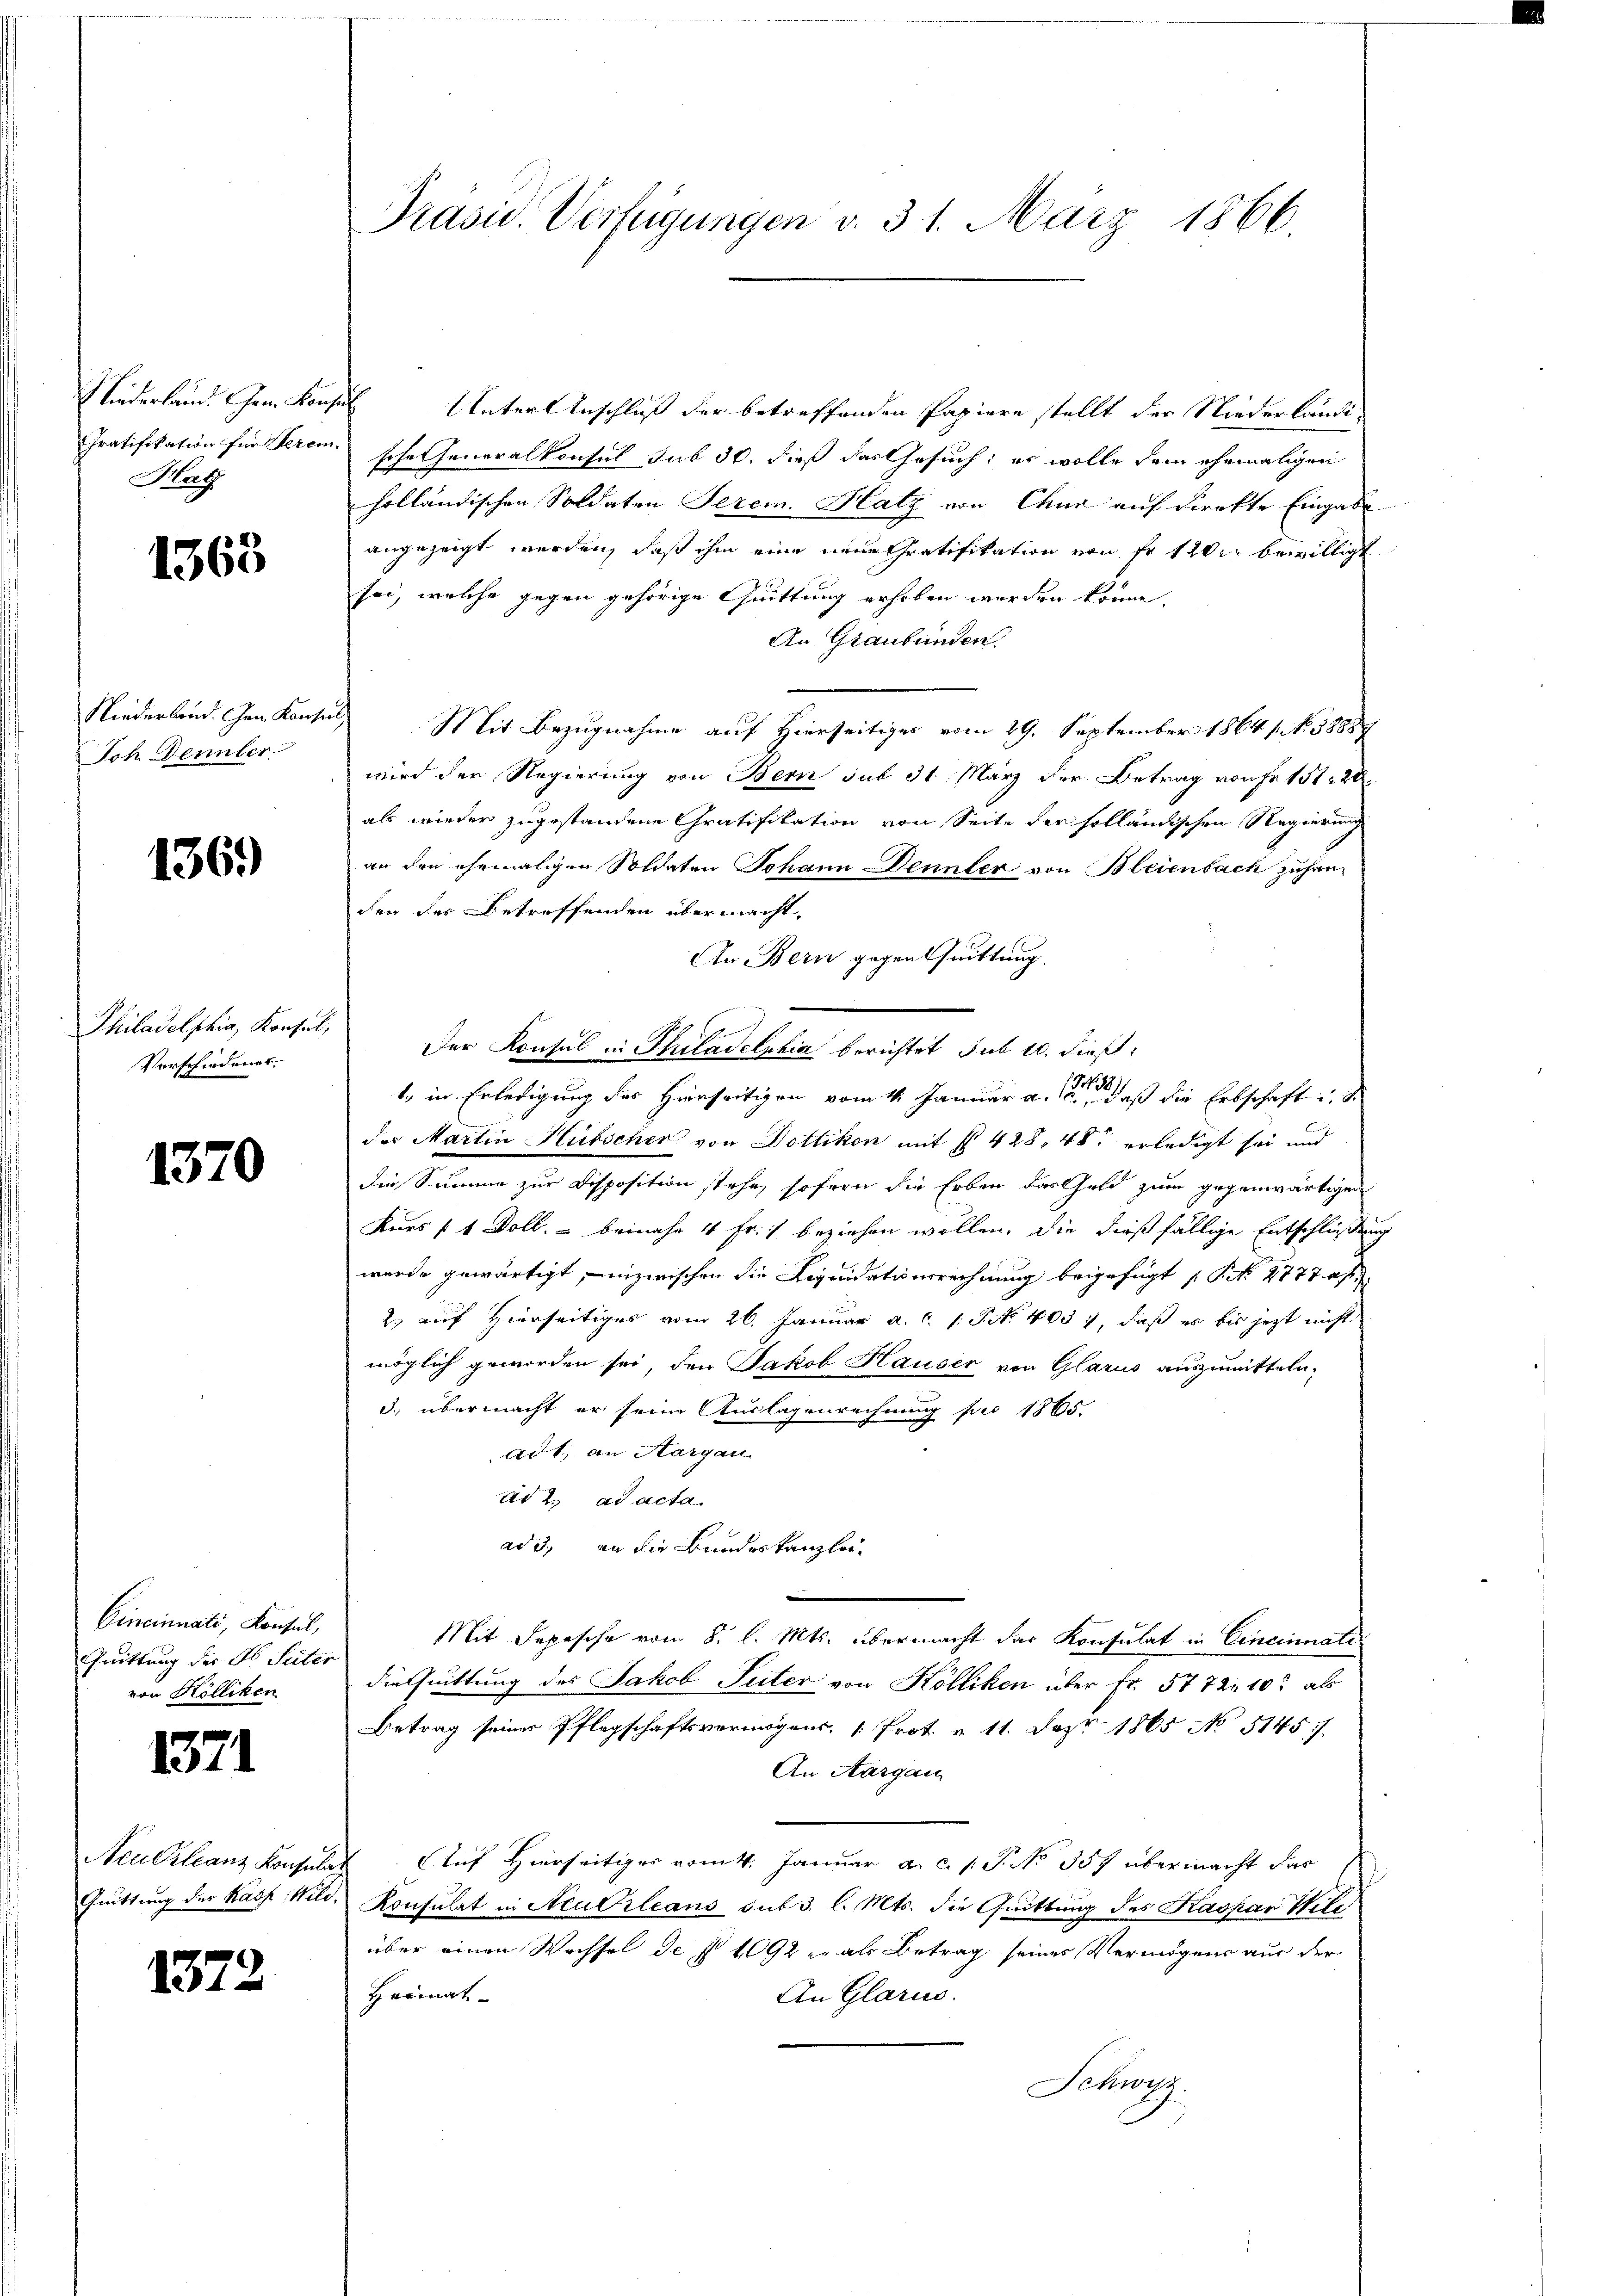
Liederland. Gem. Konse
Gratifikation für Serem.
Hat

1363

Niederland. Gen. Kons.
Joh. Dennter

136)

Philadelphia, Konsul,
Verschiedungs-

1370

Cincinuati, Konsul,
Quittung der E. Suter
von Kölliken

1371

Neubilanz Konsula
Quittung des Rath Wild.

1372

Präsid. Verfügungen v. 31. März 1866

Unter Anschluß der betreffenden Papiere stellt der Niederländi
sche Generalkonsul sub 30. dieß das Gesuch, er wolle dein ehemaligen
holländischen Soldaten Serem. Hatz von Chur auf direkte Eingabe
angezeigt werden, daß ihm eine neue Gratifikation von Fr. 120 bewilligt
sei, welche gegen gehörige Cuittung erhoben worden könne.
An Graubünden.
Mit Bezugnahme auf Hierseitiger vom 29. September 1864 s. No. 58887
wird der Regierung von Bern sub 31. März der Betrag vorher 151. 20
als wieder zugestandene Gratifikation von Seite der holländischen Regierung
an den ehemaligen Soldaten Johann Dennler von Bleienbach zufanden der Betreffenden übermacht,
An Bern gegentuittung.
Der Konsul in Philadelphia berichtet sub 10. dieß:
1. in Erledigung des Hierseitigen vom 11. Januar a. a., daß die Erbschaft in d
das Martin Hubscher von Dottikon mit § 428, 48 erledigt sei und
die Summe zur Disposition stehe, sofern die Erben das Geld zum gegenwärtigen
Kues 11 Doll, – beinahe 4 Fr. 1 beziehen wollen, die dießfällige Entschließen
wurde gewärtigt, inzwischen die Liquidatserrechnung beigefügt (S. 2777 af
2.) auf Hierseitiges vom 26. Januar a. c. 1 Tit. 4037, daß es bis jezt nicht
möglich geworden sei, den Jakob Hauser von Glarus auszumitteln,
3. übermacht er seine Auslagenrechnung pro 1865.
Act, an Aargau
ad 2. ad acta.
ad 3., an die Bundeskanzlei
e
Mit Depesche vom 8. l. Mts. übermacht das Konsulat in Cincinnati
die huittung des Jakob Suter von Kölliken über Fr. 5772. 10 als
Betrag seiner Pflegschaftsvermögens,  Prot. u 11. Dez. 1865 No 5145/
An Aargau
Auf Hierseitiges vom 4. Januar a.c. s. S. No. 357 übermacht das
Konsulat in Neuerleans sub 3 l. Mts. die Quittung des Kaspar Wile
über einen Wechsel des 1092 u. als Betrag seines Vermögens aus der
Heimat-
An Glarus.
Schwyz.